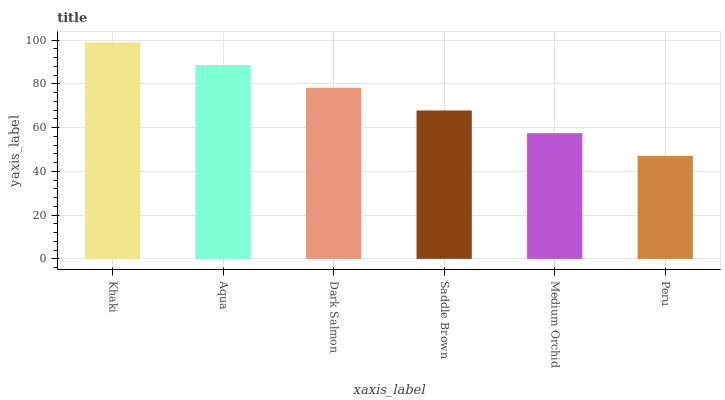
| xaxis_label | bars |
 | --- | --- |
 | Khaki | 99 |
 | Aqua | 88.6 |
 | Dark Salmon | 78.2 |
 | Saddle Brown | 67.9 |
 | Medium Orchid | 57.5 |
 | Peru | 47.1 |